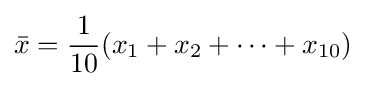
{\bar {x}}={\frac {1}{10}}(x_{1}+x_{2}+\cdots +x_{10})